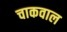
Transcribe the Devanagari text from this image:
चाकवाल